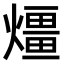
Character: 𤐀